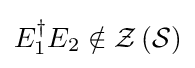
E_{1}^{\dagger }E_{2}\notin {\mathcal {Z}}\left({\mathcal {S}}\right)